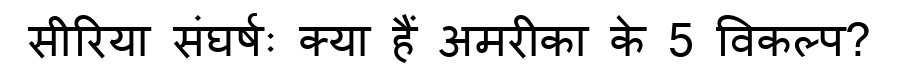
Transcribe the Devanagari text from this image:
सीरिया संघर्षः क्या हैं अमरीका के 5 विकल्प?